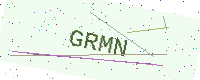
Text: GRMN